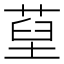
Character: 𦵐